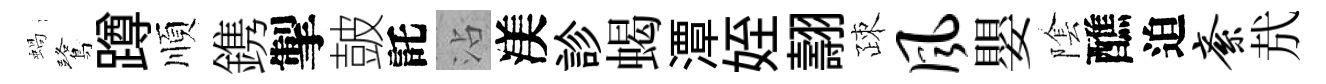
蝸鷺蹲順鎸掣皷託沾渼診蝎潭姪翿疎风嬰隂醮迫紊㢤